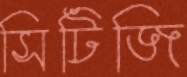
সিটিজি